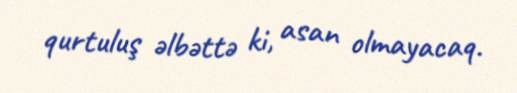
qurtuluş əlbəttə ki, asan olmayacaq.